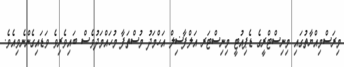
މިރަސްމިއްޔާތުގައި މިނިސްޓްރީގެ ޑެޕިއުޓީ މިނިސްޓަރ އަލްފާޟިލް އަހްމަދު މުސްތަފާ މުހައްމަދުވެސް ބައިވެރިވެ ވަޑައިގެންނެވިއެވެ.